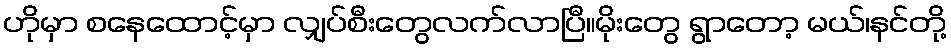
ဟိုမှာ စနေထောင့်မှာ လျှပ်စီးတွေလက်လာပြီ။မိုးတွေ ရွာတော့ မယ်၊နင်တို့